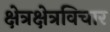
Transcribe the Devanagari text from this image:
क्षेत्रक्षेत्रविचार